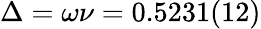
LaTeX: \Delta=\omega\nu=0.5231(12)